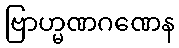
ဗြာဟ္မဏဂဏေန